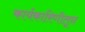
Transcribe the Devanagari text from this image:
कार्यकारिणीतून